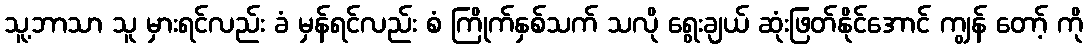
သူ့ဘာသာ သူ မှားရင်လည်း ခံ မှန်ရင်လည်း စံ ကြိုက်နှစ်သက် သလို ရွေးချယ် ဆုံးဖြတ်နိုင်အောင် ကျွန် တော့် ကို